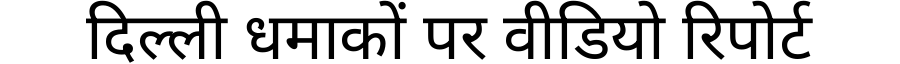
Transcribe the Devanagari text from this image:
दिल्ली धमाकों पर वीडियो रिपोर्ट